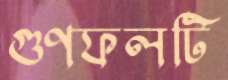
গুণফলটি